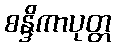
စန္ဒိကာပုတ္တ